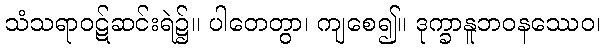
သံသရာဝဋ်ဆင်းရဲ၌။ ပါတေတွာ၊ ကျစေ၍။ ဒုက္ခာနူဘဝနဿေဝ၊